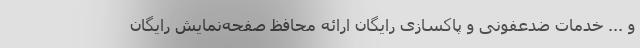
و ... خدمات ضدعفونی و پاکسازی رایگان ارائه محافظ صفحه‌نمایش رایگان